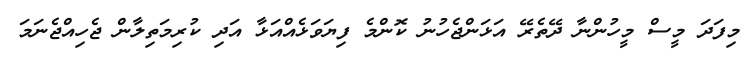
މިފަދަ މީސް މީހުންނާ ދޭތެރޭ އަޅަންޖެހުނު ކޮންމެ ފިޔަވަޅެއްއަޅާ އަދި ކުރިމަތިލާން ޖެހިއްޖެނަމަ